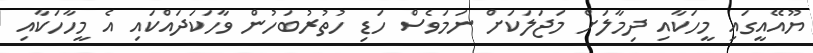
ޔޫއޭއީގައި މީހަކާއި ދިމާލަށް މަޖަލަކަށް ނަމަވެސް ހަޑި ހުތުރުބަހުން ވާހަކަދައްކައި އެ މީހާހަކާއި